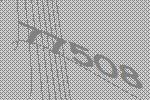
77508